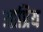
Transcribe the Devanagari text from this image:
आप्रिय